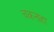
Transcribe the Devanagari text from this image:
चकनाहा